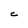
Character: C